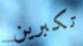
تكبرين